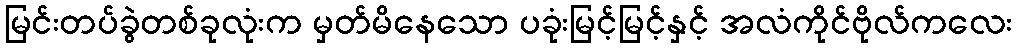
မြင်းတပ်ခွဲတစ်ခုလုံးက မှတ်မိနေသော ပခုံးမြင့်မြင့်နှင့် အလံကိုင်ဗိုလ်ကလေး